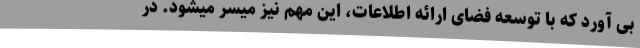
بی آورد که با توسعه فضای ارائه اطلاعات، این مهم نیز میسر میشود. در